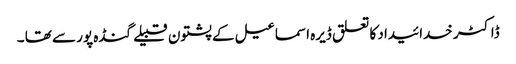
ڈاکٹر خدائیداد کا تعلق ڈیرہ اسماعیل کے پشتون قبیلے گنڈہ پور سے تھا ۔